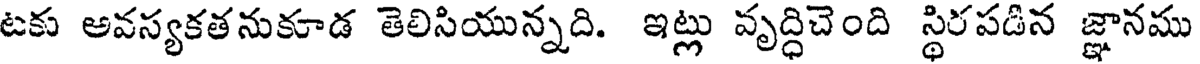
టకు అవస్యకతనుకూడ తెలిసియున్నది. ఇట్లు వృద్ధిచెంది స్థిరపడిన జ్ఞానము